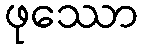
ဖုဿော